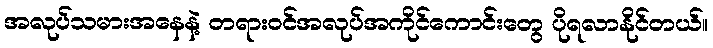
အလုပ်သမားအနေနဲ့ တရားဝင်အလုပ်အကိုင်ကောင်းတွေ ပိုရလာနိုင်တယ်။